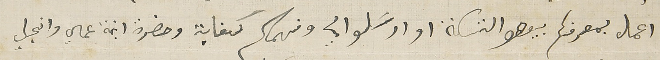
اعمل بمعرفكم بيعطو التسكة او ارسَلو الي وفهمكم كفاية وحضرة ابنة عمي وانجيل